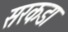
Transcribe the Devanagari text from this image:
सरकडा